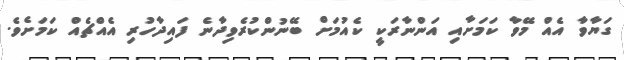
ގަޔާވާ އެއް މޭވާ ކަމަށާއި އަންނާރަކީ ކެއުމަށް ބޭނުންކުރެވިދާނެ ފައިދާހުރި އެއްޗެއް ކަމަށެވެ.